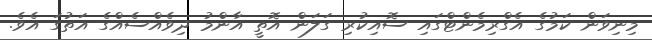
މިނިވަން ކަމުގެ އެގްރިމެންޓްގައި ސޮއިކުރި ގަލަން އޮތީ އާންމު ދިވެއްސެއްގެ އަތުގަ އެވެ.